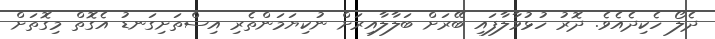
ދެލޯ ހެކިދެއެވެ. ދޮރު ހުޅުވާލާފައި ބޭރަށް ބަލާލާއިރަށް ނުކިޔަމަންތެރި އިސްތަށިގަނޑު އެގޮތް މިގޮތަށް